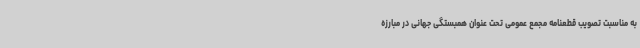
به مناسبت تصویب قطعنامه مجمع عمومی تحت عنوان همبستگی جهانی در مبارزه